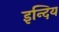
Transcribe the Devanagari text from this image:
इन्दिय